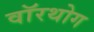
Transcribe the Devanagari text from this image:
वॉरथोग